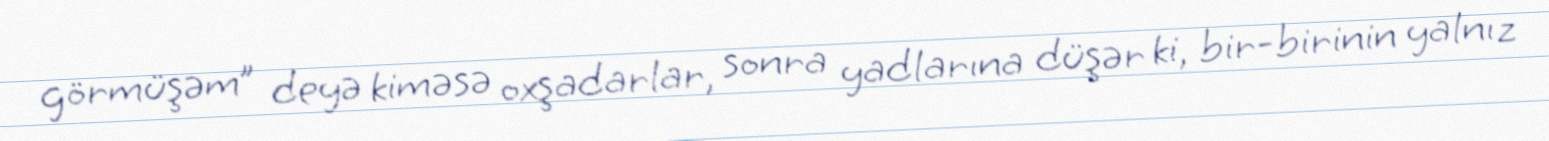
görmüşəm” deyə kiməsə oxşadarlar, sonra yadlarına düşər ki, bir-birinin yalnız